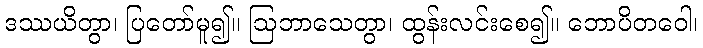
ဒဿယိတွာ၊ ပြတော်မူ၍။ ဩဘာသေတွာ၊ ထွန်းလင်းစေ၍။ ဘောပိတဝေါ၊